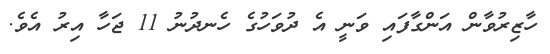
ހާޒިރުވާން އަންގާފައި ވަނީ އެ ދުވަހުގެ ހެނދުނު 11 ޖަހާ އިރު އެވެ.